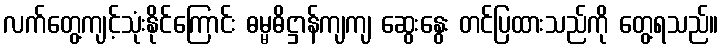
လက်တွေ့ကျင့်သုံးနိုင်ကြောင်း ဓမ္မဓိဋ္ဌာန်ကျကျ ဆွေးနွေး တင်ပြထားသည်ကို တွေ့ရသည်။